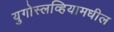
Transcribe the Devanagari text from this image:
युगोस्लव्हियामधील